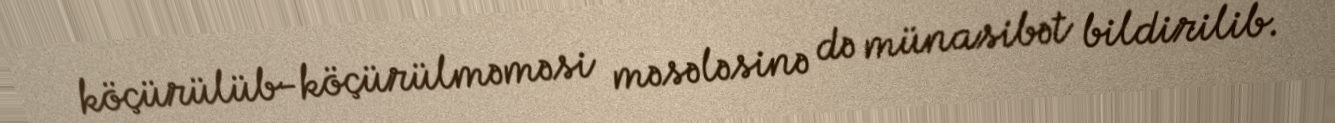
köçürülüb-köçürülməməsi məsələsinə də münasibət bildirilib.